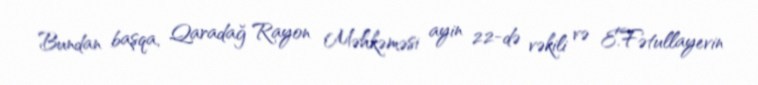
Bundan başqa, Qaradağ Rayon Məhkəməsi ayin 22-də vəkili və E.Fətullayevin